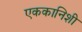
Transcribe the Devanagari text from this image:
एककानिशी